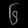
Digit: ၆